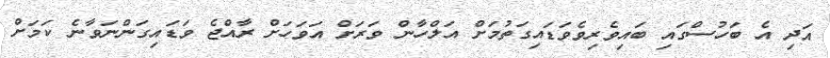
އަދި އެ ބަހުސްގައި ބައިވެރިވެވަޑައިގަތުމަށް އަލްހާން ވަރަށް އަވަހަށް ރާއްޖެ ވަޑައިގަންނަވާނެ ކަމަށް